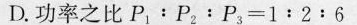
D.功率之比$$P _ { 1 }：P _ { 2 }﹔P _ { 3 } = 1 : 2 : 6$$